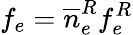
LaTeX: f_{e}=\overline{n}_{e}^{R}f_{e}^{R}